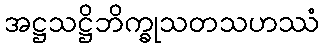
အဋ္ဌသဋ္ဌိဘိက္ခုသတသဟဿံ